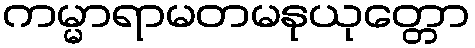
ကမ္မာရာမတမနုယုတ္တော